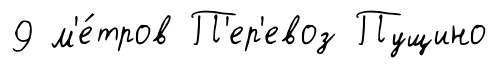
9 м'е́тров П'ер'евоз Пущино